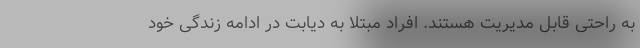
به راحتی قابل مدیریت هستند. افراد مبتلا به دیابت در ادامه زندگی خود